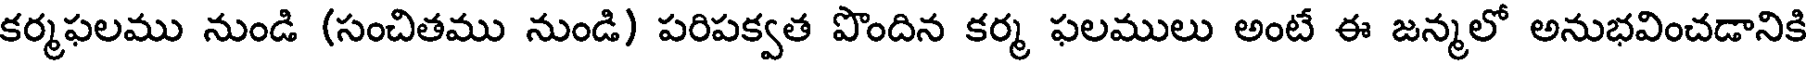
కర్మఫలము నుండి (సంచితము నుండి) పరిపక్వత పొందిన కర్మ ఫలములు అంటే ఈ జన్మలో అనుభవించడానికి